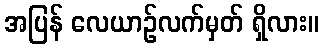
အပြန် လေယာဉ်လက်မှတ် ရှိလား။